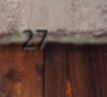
27